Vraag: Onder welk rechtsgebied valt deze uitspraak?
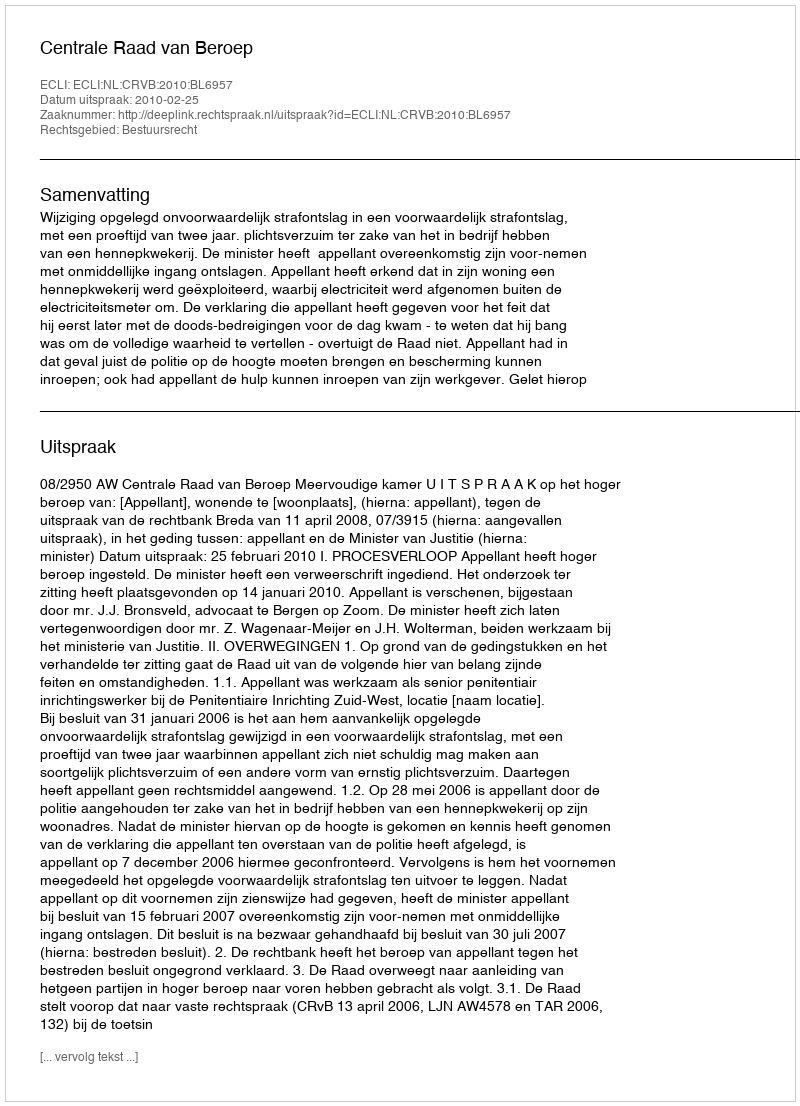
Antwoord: Bestuursrecht